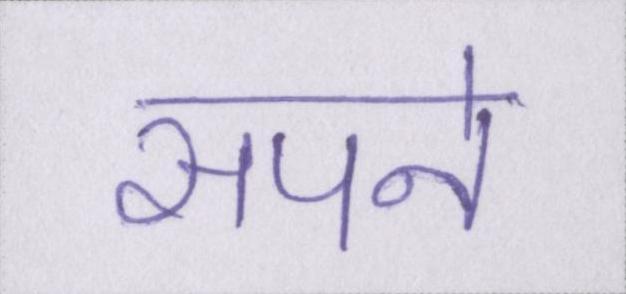
सपने